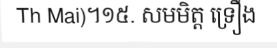
Th Mai)។១៥. សមមិត្ត ទ្រឿង